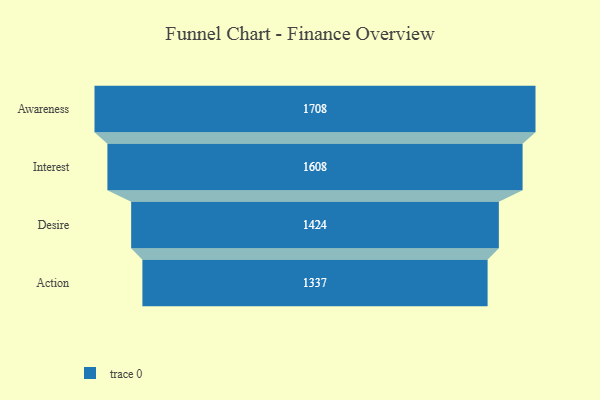
{"axis": {"x": "Stage", "y": "Value"}, "legend": [""], "data": [{"x": "Awareness", "y": 1708.0, "type": ""}, {"x": "Interest", "y": 1608.0, "type": ""}, {"x": "Desire", "y": 1424.0, "type": ""}, {"x": "Action", "y": 1337.0, "type": ""}]}